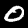
Digit: 0